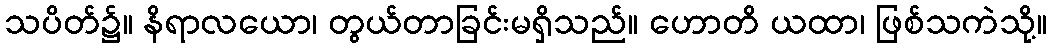
သပိတ်၌။ နိရာလယော၊ တွယ်တာခြင်းမရှိသည်။ ဟောတိ ယထာ၊ ဖြစ်သကဲသို့။